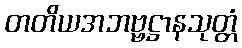
တတိယအဘဗ္ဗဋ္ဌာနသုတ္တံ